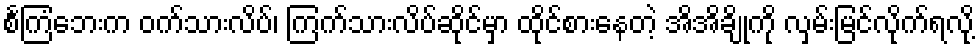
စင်္ကြံဘေးက ဝက်သားလိပ်၊ ကြက်သားလိပ်ဆိုင်မှာ ထိုင်စားနေတဲ့ အိအိချိုကို လှမ်းမြင်လိုက်ရလို့